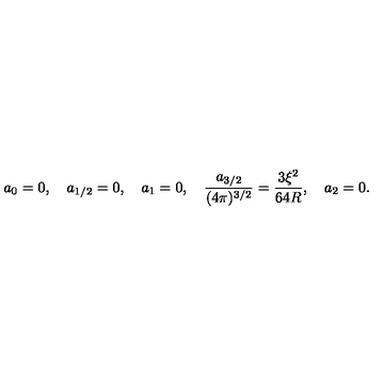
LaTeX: a _ { 0 } = 0 , \quad a _ { 1 / 2 } = 0 , \quad a _ { 1 } = 0 , \quad \frac { a _ { 3 / 2 } } { ( 4 \pi ) ^ { 3 / 2 } } = \frac { 3 \xi ^ { 2 } } { 6 4 R } , \quad a _ { 2 } = 0 .